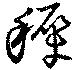
穉